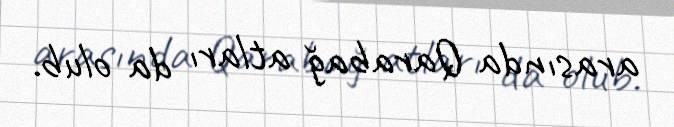
arasında Qarabağ atları da olub.